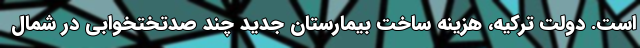
است. دولت ترکیه، هزینه ساخت بیمارستان جدید چند صدتختخوابی در شمال